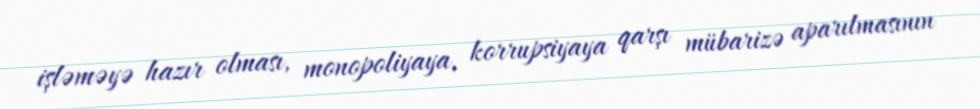
işləməyə hazır olması, monopoliyaya, korrupsiyaya qarşı mübarizə aparılmasının